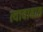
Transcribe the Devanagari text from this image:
त्याबाबात